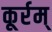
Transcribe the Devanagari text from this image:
कूर्रम्